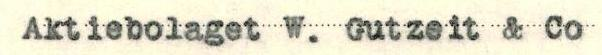
Aktiebolaget W. Gutzeit & Co